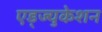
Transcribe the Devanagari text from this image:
एड्ज्युकेशन